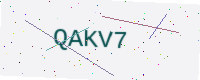
Text: QAKV7